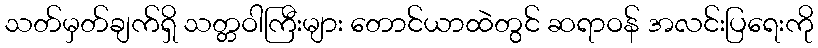
သတ်မှတ်ချက်ရှိ သတ္တဝါကြီးများ တောင်ယာထဲတွင် ဆရာဝန် အလင်းပြရေးကို